Annual report of the Civil Veterinary Department, Bengal, for the year 1897-98 - 1897-1898
Year: 1897
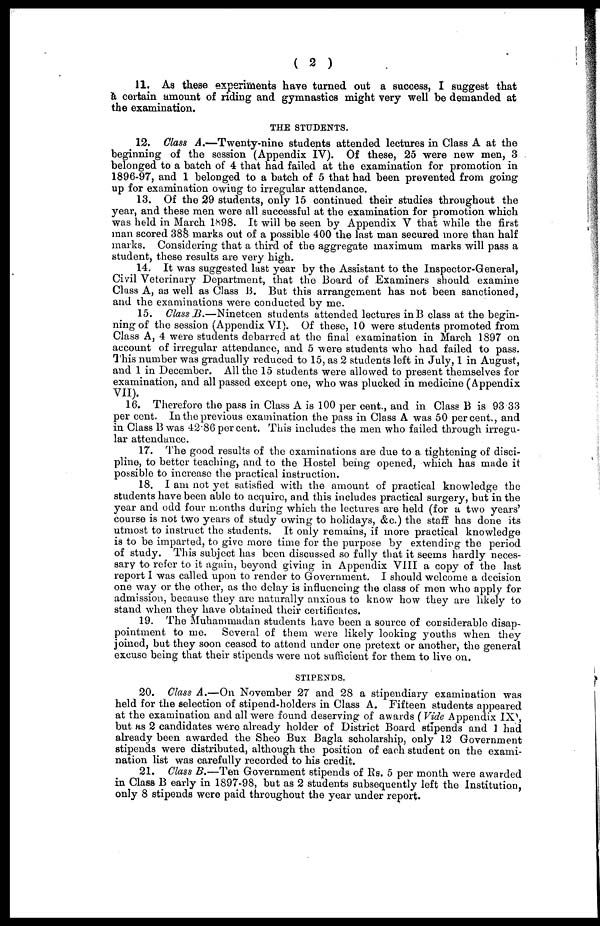
( 2 )
11. As these experiments have turned out a success, I suggest that
a certain amount of riding and gymnastics might very well be demanded at
the examination.
THE STUDENTS.
12. Class A.—Twenty-nine
students attended lectures in Class A at the
beginning of the session (Appendix IV). Of these, 25 were new men, 3
belonged to a batch of 4 that had failed at the examination for promotion in
1896-97, and 1 belonged to a batch of 5 that had been prevented from going
up for examination owing to irregular attendance.
13. Of the 29 students, only 15 continued their studies throughout the
year, and these men were all successful at the examination for promotion which
was held in March 1898. It will be seen by Appendix V that while the first
man scored 388 marks out of a possible 400 the last man secured more than half
marks. Considering that a third of the aggregate maximum marks will pass a
student, these results are very high.
14. It was suggested last year by the Assistant to the Inspector-General,
Civil Veterinary Department, that the Board of Examiners should examine
Class A, as well as Class 13. But this arrangement has not been sanctioned,
and the examinations were conducted by me.
15. Class B.—Nineteen students attended lectures in B class at the begin-
ning of the session (Appendix VI). Of these, 10 were students promoted from
Class A, 4 were students debarred at the final examination in March 1897 on
account of irregular attendance, and 5 were students who had failed to pass.
This number was gradually reduced to 15, as 2 students left in July, 1 in August,
and 1 in December. All the 15 students were allowed to present themselves for
examination, and all passed except one, who was plucked in medicine (Appendix
VII).
16. Therefore the pass in Class A is 100 per cent., and in Class B is 93.33
per cent. In the previous examination the pass in Class A was 50 percent., and
in Class B was 42.86 per cent. This includes the men who failed through irregu-
lar attendance.
17. The good results of the examinations are due to a tightening of disci-
pline, to better teaching, and to the Hostel being opened, which has made it
possible to increase the practical instruction.
18. I am not yet satisfied with the amount of practical knowledge the
students have been able to acquire, and this includes practical surgery, but in the
year and odd four months during which the lectures are held (for a two years'
course is not two years of study owing to holidays, &c.) the staff has done its
utmost to instruct the students. It only remains, if more practical knowledge
is to be imparted, to give more time for the purpose by extending the period
of study. This subject has been discussed so fully that it seems hardly neces-
sary to refer to it again, beyond giving in Appendix VIII a copy of the last
report I was called upon to render to Government. I should welcome a decision
one way or the other, as the delay is influencing the class of men who apply for
admission, because they are naturally anxious to know how they are likely to
stand when they have obtained their certificates.
19. The Muhammadan students have been a source of considerable disap-
pointment to me. Several of them were likely looking youths when they
joined, but they soon ceased to attend under one pretext or another, the general
excuse being that their stipends were not sufficient for them to live on.
STIPENDS.
20. Class A.—On November 27 and 28 a stipendiary examination was
held for the selection of stipend-holders in Class A. Fifteen students appeared
at the examination and all were found deserving of awards (Vide Appendix IX),
but as 2 candidates were already holder of District Board stipends and I had
already been awarded the Sheo Bux Bagla scholarship, only 12 Government
stipends were distributed, although the position of each student on the exami-
nation list was carefully recorded to his credit.
21. Class B.—Ten Government stipends of Rs. 5 per month were awarded
in Class B early in 1897-98, but as 2 students subsequently left the Institution,
only 8 stipends were paid throughout the year under report.